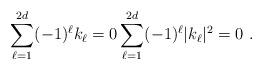
LaTeX: \begin{align*}\sum_{\ell=1}^{2d} (-1)^{\ell} k_\ell=0 \sum_{\ell=1}^{2d} (-1)^{\ell}|k_\ell|^2=0\ .\end{align*}